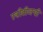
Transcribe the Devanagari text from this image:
स्त्रीबीजची